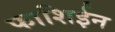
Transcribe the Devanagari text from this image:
फाशिईन